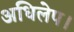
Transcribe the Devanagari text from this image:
अधिलेप।